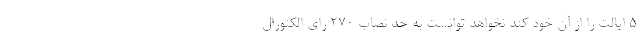
5 ایالت را از آن خود کند نخواهد توانست به حد نصاب 270 رای الکتورال